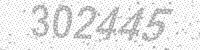
Solution: 302445